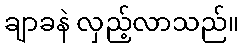
ချာခနဲ လှည့်လာသည်။